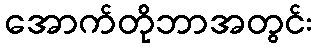
အောက်တိုဘာအတွင်း